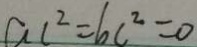
a c ^ { 2 } = 6 c ^ { 2 } = 0